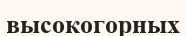
высокогорных